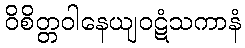
ဝိစိတ္တဝါနေယျဝဋံသကာနံ